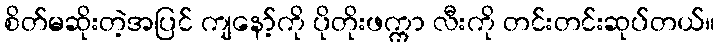
စိတ်မဆိုးတဲ့အပြင် ကျနော့်ကို ပိုတိုးဖက္ကာ လီးကို တင်းတင်းဆုပ်တယ်။